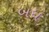
બધ